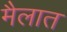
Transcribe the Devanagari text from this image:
मैलात